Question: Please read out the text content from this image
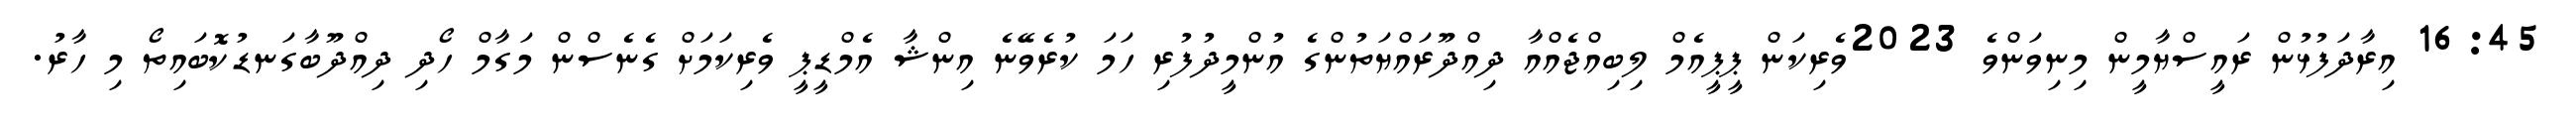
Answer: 16:45 އިރާދަފުޅުން ރައީސްޔާމީން މިނިވަންވެ 2023ވެރިކަން ޕީޕީއެމް ލިބިއްޖެއްއާ ދިއްދޫރައްޔަތުންގެ އުންމީދުފުރި ހަމަ ކުރެވޭނެ އިންޝާ އެމްޑީޕީ ވެރިކަމަށް ގެނެސްން މަގާމް ހޯދި ދިއްދޫބާގަނޑުކޮބައިތޯ މި ހާރު.